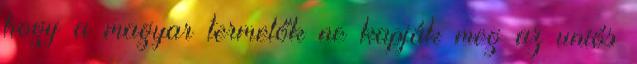
hogy a magyar termelők ne kapják meg az uniós